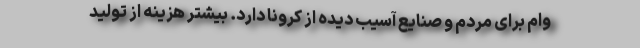
وام برای مردم و صنایع آسیب دیده از کرونا دارد. بیشتر هزینه از تولید